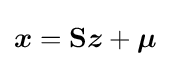
{\boldsymbol {x}}=\mathbf {S} {\boldsymbol {z}}+{\boldsymbol {\mu }}